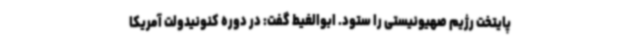
پایتخت رژیم صهیونیستی را ستود. ابوالغیط گفت: در دوره کنونیدولت آمریکا